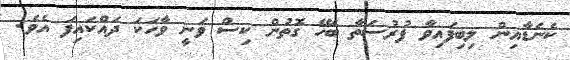
ކެނެޑާއިން ލިބިފައިވާ ފުރުސަތާ ބެހޭ ގޮތުން ކިސް ވަނީ ވާހަކަ ދައްކައިފަ އެވެ.